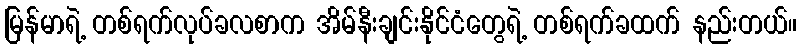
မြန်မာရဲ့ တစ်ရက်လုပ်ခလစာက အိမ်နီးချင်းနိုင်ငံတွေရဲ့ တစ်ရက်ခထက် နည်းတယ်။